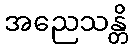
အညေသန္တိ